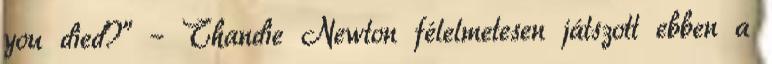
you died?” – Thandie Newton félelmetesen játszott ebben a